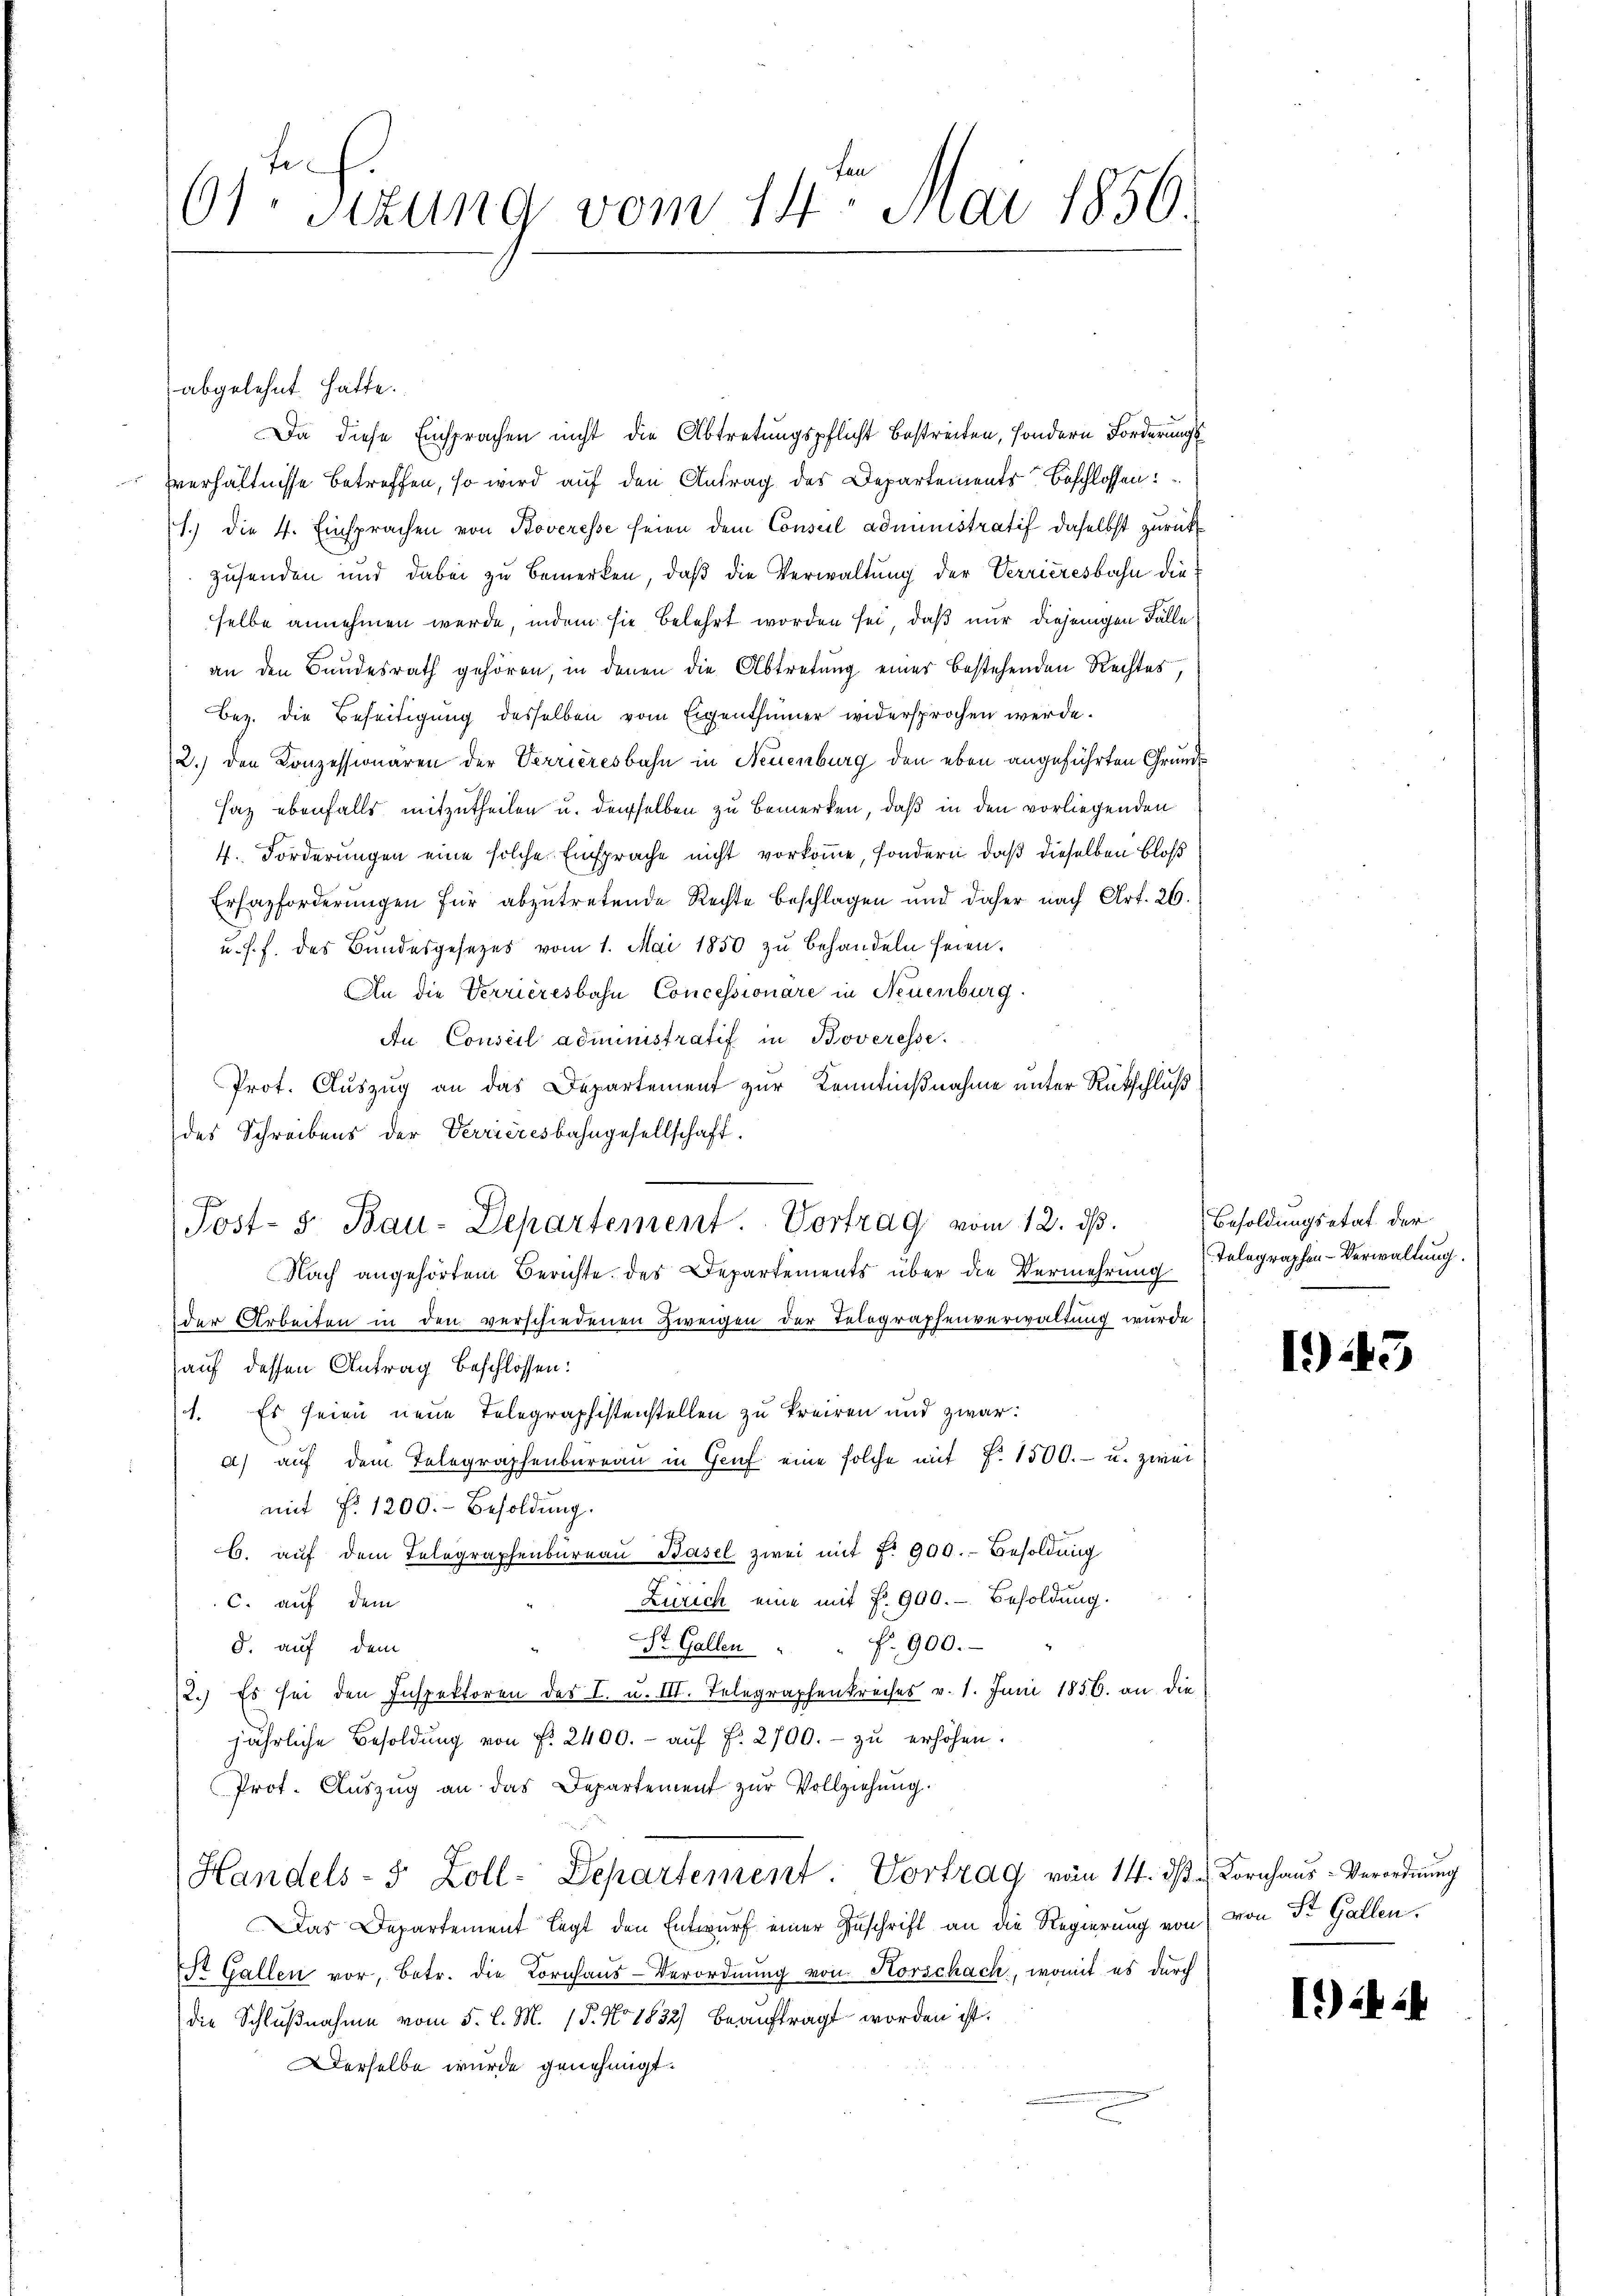
6sten Sizung vom 14. Mai 1850.

Da diese Einsprachen nicht die Abtretungspflicht bestreiten, sondern Forderungs
Everhältnisse betreffen, so wird auf den Antrag des Departements Beschlossen:
1.) Die 4. Einsprachen von Koveresse seien dem Consul administratif daselbst zurückzusenden und dabei zu bemerken, daß die Verwaltung der Verrieresbahn dieselbe annehmen werde, indem sie belehrt worden sei, daß nur diejenigen Fälle
an den Bundesrath gehören, in denen die Abtretung einer bestehenden Rechtes,
Bez. die Beseitigung desselben vom Eigenthümer widersprochen werde.
2.) den Konzessionären der Verrieresbahn in Neuenburg den eben angeführten Grund¬
Haz ebenfalls mitzutheilen u. derselben zu bemerken, daß in den vorliegenden
4. Forderungen eine solche Einsprache nicht vorkomme, sondern, daß dieselben bloß
Erhazforderungen für abzutretende Rechte beschlagen und daher nach Art. 26.
u. s. f. des Bundesgesetzes vom 1. Mai 1850 zŭ behandeln seien.
An die Verrieresbahn Concessionäre in Neuenburg.
An Conseil administratif in Boveresse.
Prot. Auszug an das Departement zur Kenntnißnahme unter Rütschluß
des Schreibens der Verrieresbahngesellschaft,
Post- u. Bau-Departement. Vortrag vom 12. dβ. Besoldungsetat der
Nach angehörtem Berichte des Departements über die Vermehrung
der Arbeiten in den verschiedenen Zweigen der Telegraphenverwaltung wurde
auf dessen Antrag beschlossen:
1. Es seien neue Telegraphistenstellen zu kreiren und zwar:
a) auf dem Telegraphenbüreaŭ in Genf eine solche mit Fr. 1500.- u. zwei
mit No 1200.- Besoldung.
b. aŭf dem Telegraphenbüreaŭ Basel zwei mit 7. 900.- Besoldŭng
Zürich eine mit Fr. 900.- Besoldung.
C. auf dem
f
 Nr. 900.
d. auf dem
St. Gallen
2.) Es sei den Inspektoren des I. u. III. Telegraphenkreises v. 1. Juni 1856. an die
jährliche Besoldŭng von f. 2400.- aŭf f. 2700.- zŭ erhöhen.
Prot. Aŭszŭg an das Departement zŭr Vollziehung.
Handels- 5 Zoll-Departement Vortrag von 14. dβ u Kornhaŭs-Verordnung
Das Departement legt den Entwurf einer Zuschrift an die Regierung von (von Dr. Gallen.
St. Gallen vor, betr. die Kornhaus-Verordnung von Horschach, womit es durch
die Schlußnahme vom 5. l. M. 1. No 1832) beauftragt worden ist.
Derselbe wurde genehmigt.

abgelehnt hatte.

Telegraphen-Verwaltung.

1)

3

I) in ih